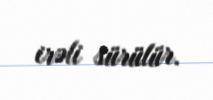
irəli sürülür.